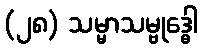
(၂၈) သမ္မာသမ္ဗုဒ္ဓေါ